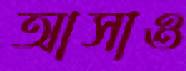
আসাও